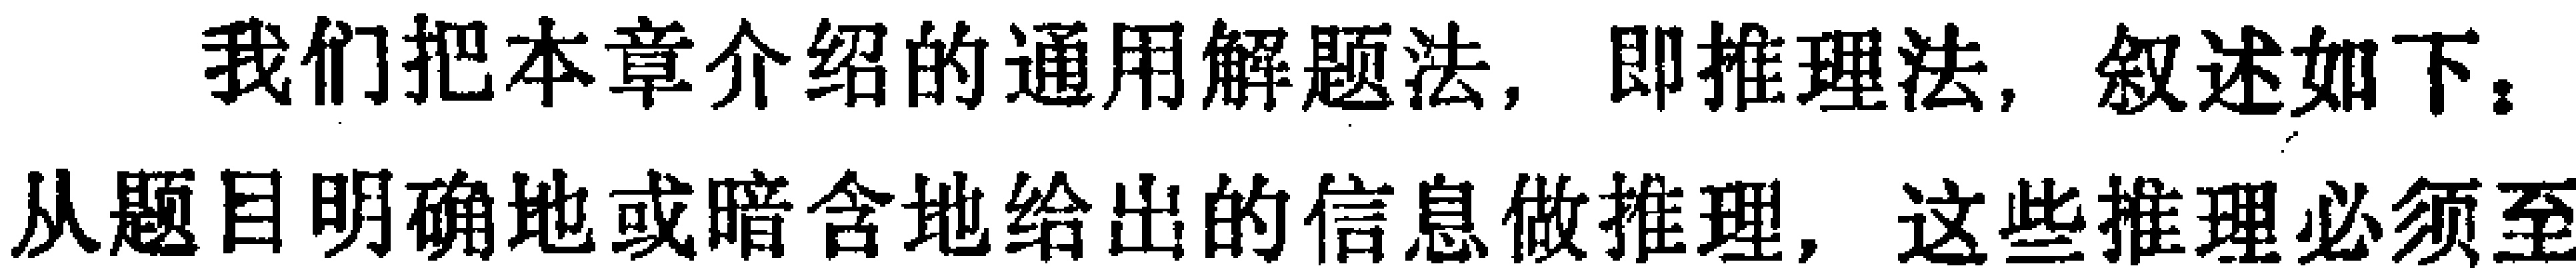
我们把本章介绍的通用解题法，即推理法，叙述如下，从题目明确地或暗含地给出的信息做推理，这些推理必须至